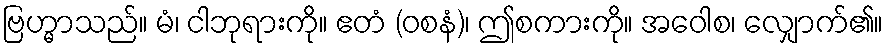
ဗြဟ္မာသည်။ မံ၊ ငါဘုရားကို။ ဧတံ (ဝစနံ)၊ ဤစကားကို။ အဝေါစ၊ လျှောက်၏။